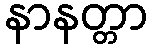
နာနတ္တာ